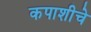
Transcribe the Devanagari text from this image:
कपाशीचे